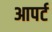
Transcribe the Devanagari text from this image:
आपर्ट